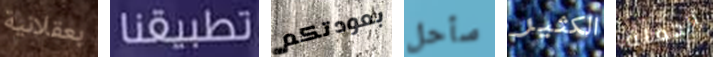
بعقلانية تطبيقنا بعودتكم سأحل الكثير الحملة